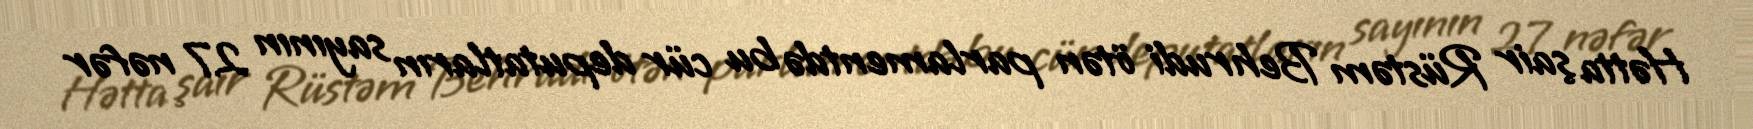
Hətta şair Rüstəm Behrudi ötən parlamentdə bu cür deputatların sayının 27 nəfər